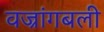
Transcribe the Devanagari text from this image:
वज्रांगबली